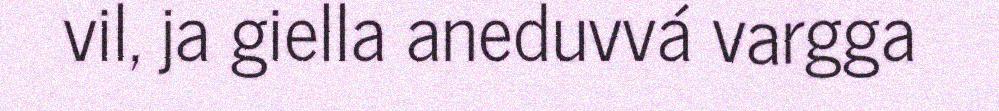
vil, ja giella aneduvvá vargga